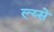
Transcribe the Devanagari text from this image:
ल्य्से